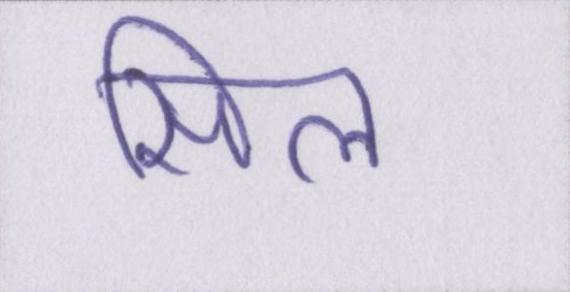
सिल